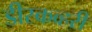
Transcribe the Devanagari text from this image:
डीस्कव्हरी